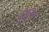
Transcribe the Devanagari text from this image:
बुजु्र्ग